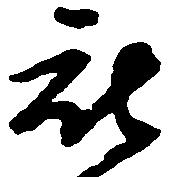
被